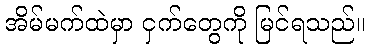
အိမ်မက်ထဲမှာ ငှက်တွေကို မြင်ရသည်။